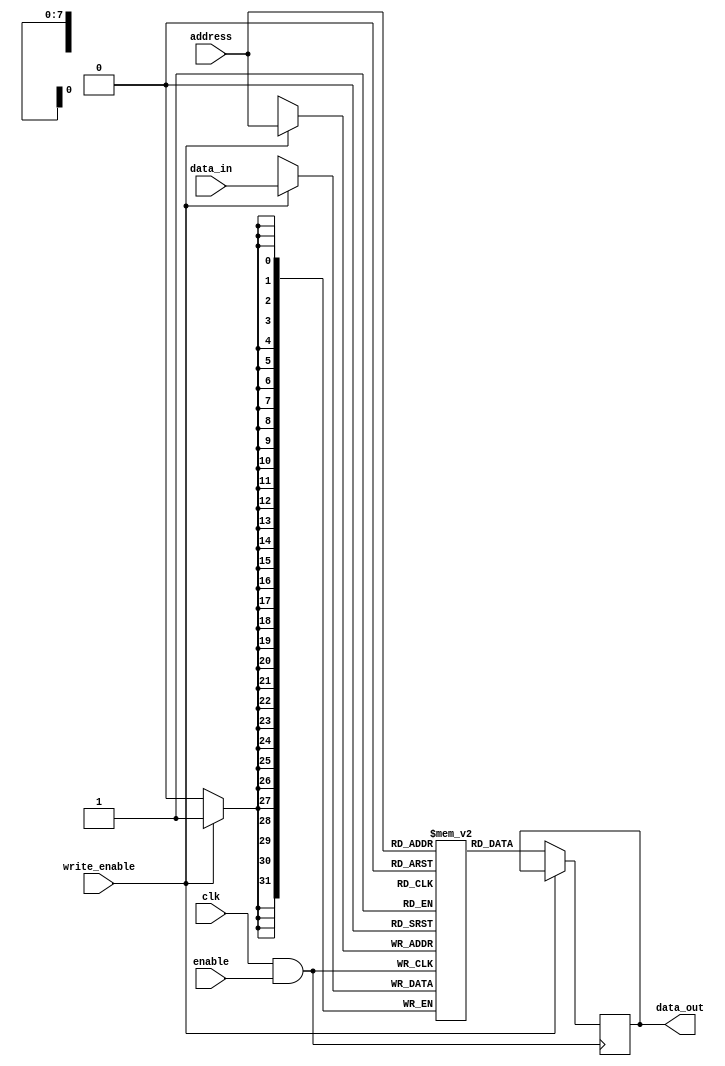
module MemoryBlock (
    input wire clk,                 // Main clock signal
    input wire enable,              // Enable signal for memory block
    input wire [7:0] address,       // Memory address input
    input wire [31:0] data_in,      // Data input for write operations
    input wire write_enable,         // Write enable signal
    output reg [31:0] data_out       // Data output for read operations
);

    // Memory array: 256 words of 32 bits each
    reg [31:0] memory_array [0:255];

    // Clock gating signal
    wire gated_clk;

    // Clock gating logic
    assign gated_clk = clk & enable; // Clock is active only when enabled

    // Memory operations
    always @(posedge gated_clk) begin
        if (write_enable) begin
            // Write operation
            memory_array[address] <= data_in;
        end
        else begin
            // Read operation
            data_out <= memory_array[address];
        end
    end

endmodule